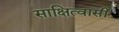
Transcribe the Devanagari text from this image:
साक्षित्वासी